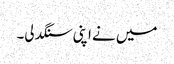
میں نے اپنی سنگدلی۔